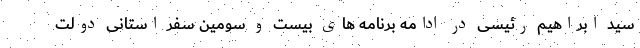
سید ابراهیم رئیسی در ادامه برنامه های بیست و سومین سفر استانی دولت